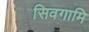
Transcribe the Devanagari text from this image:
सिवगामि